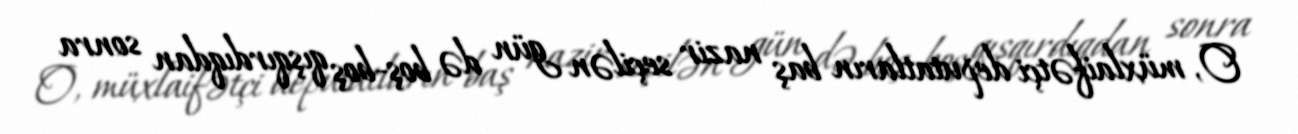
O, müxlaifətçi deputatların baş nazir seçilən gün də boş-boş qışqırdıqdan sonra